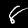
Digit: 8